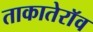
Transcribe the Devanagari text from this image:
ताकातेराॅव